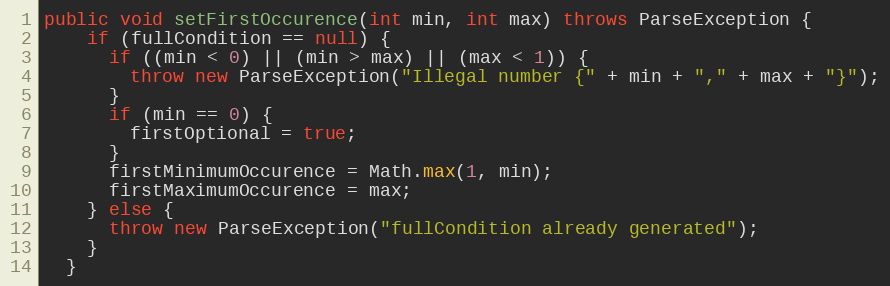
Language: Java
public void setFirstOccurence(int min, int max) throws ParseException {
    if (fullCondition == null) {
      if ((min < 0) || (min > max) || (max < 1)) {
        throw new ParseException("Illegal number {" + min + "," + max + "}");
      }
      if (min == 0) {
        firstOptional = true;
      }
      firstMinimumOccurence = Math.max(1, min);
      firstMaximumOccurence = max;
    } else {
      throw new ParseException("fullCondition already generated");
    }
  }